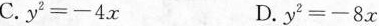
C.$$y ^ { 2 } =- 4 x$$ D.$$y ^ { 2 }